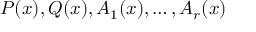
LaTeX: P ( x ) , Q ( x ) , A _ { 1 } ( x ) , \ldots , A _ { r } ( x )